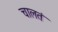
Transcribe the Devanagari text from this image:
चालतं